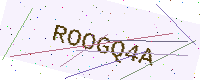
Text: ROOGQ4A